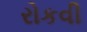
રોકવી